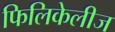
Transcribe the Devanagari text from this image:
फिलिकेलीज